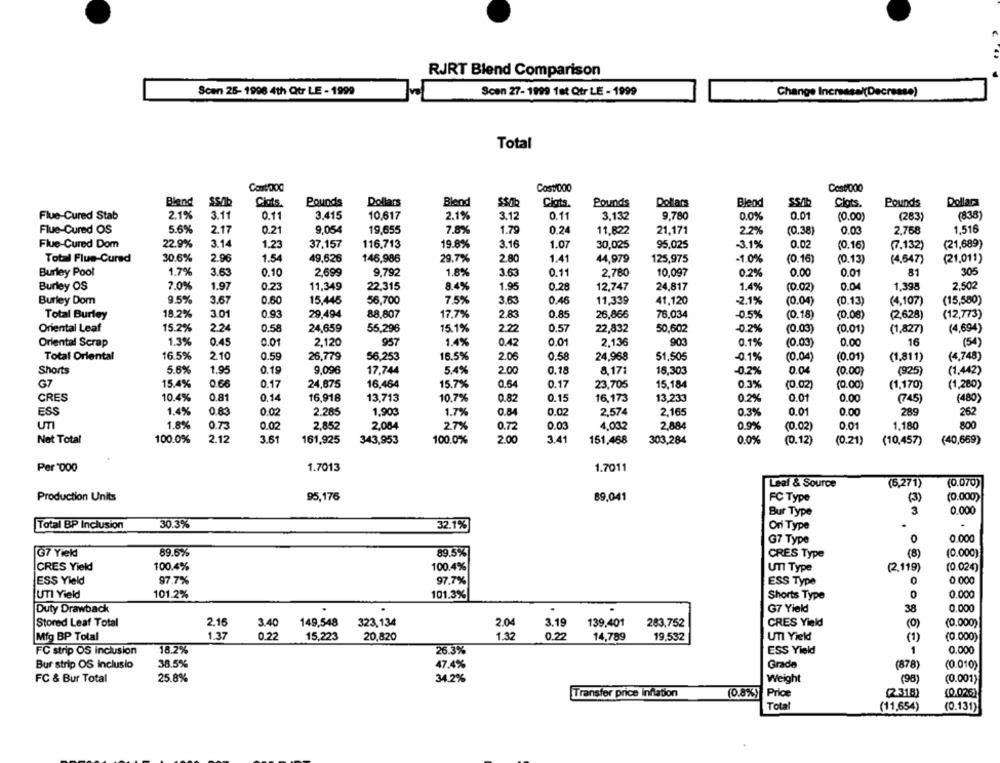
RJRT Blend Comparison
Scen 27-1999 fat Qtr LE - 1999
Scen 26- 1996 4th Qtr LE - 1999
Change Increasal(Decrease)
Total
Cost/000
Cost/000
Bland
SSAb
Cios.
Pounds
Dollars
Blend
SSIR
Cigts.
Pounds
Dollars
Blend
Clots.
Pounds
Dollars
Flue-Cured Stab
2.1%
3.11
0.11
3.415
10.617
2.1%
3.12
0.11
3,132
9,780
0.0%
0.01
(0.00)
(283)
(838)
Flue-Cured OS
5.6%
2.17
0.21
9,054
19,655
7.8%
1.79
0.24
11,822
21,171
22%
0.03
1,516
(0.38)
2.768
Flue-Cured Dom
22.9%
3.14
1.23
37.157
116.713
19.8%
3.16
1.07
30,025
95.025
-3.1%
0.02
(0.16)
(7.132)
(21,689)
Total Flue-Cured
30.6%
2.96
1.54
49,626
146,986
29.7%
2.80
1.41
44,979
125,975
-1.0%
(0.16)
(0.13)
(4,647)
(21.011)
Burley Pool
1.7%
3.63
0.10
2,699
9,792
1.8%
3.63
0.11
2,780
10,097
0.2%
0.00
0.01
81
305
Burley OS
7.0%
1.97
0.23
11,349
22.315
8.4%
1.95
0.28
12,747
24,817
1.4%
(0.02)
0.04
1,398
2.502
Burley Dom
9.5%
3.67
0.60
15,446
56,700
7,5%
3.63
0.46
11,339
41.120
-2.1%
(0.04)
(0.13)
(4,107)
(15,580)
18.2%
3.01
0.93
29,494
88,807
17.7%
2.83
0.85
26,866
76,034
Total Burley
-0.5%
(0.18)
(0.08)
(2,628)
(12,773)
Oriental Leaf
15.2%
2.24
0.58
24,659
55.296
15.1%
2.22
0.57
22,832
50,602
-0.2%
(0.03)
(0.01)
(1,827)
(4,694)
Oriental Scrap
1.3%
0.45
0.01
2.120
957
1.4%
0.42
0.01
2.136
903
0.1%
(0.03)
0.00
16
(54)
Total Oriental
16.5%
2.10
0.59
26,779
56,253
16.5%
2.06
0.58
24,968
51.505
-0.1%
(0.04)
(0.01)
(1,811)
(4,748)
Shorts
5.6%
1.95
0.19
9,096
17,744
5.4%
2.00
0.18
8.171
16.303
-0.2%
0.04
(0.00)
(925)
(1,442)
G7
15.4%
0.66
0.17
24,875
16,464
15.7%
0.54
0.17
23,705
15.184
0.3%
(0.02)
(0.00)
(1,170)
(1,280)
CRES
10.4%
0.81
0.14
16.918
13,713
10.7%
0.82
0.15
16,173
13,233
0.2%
0.01
0.00
(480)
(745)
ESS
1.4%
0 83
0.02
2.285
1,903
1.7%
0.84
0.02
2,574
2,165
0.3%
0.01
0.00
289
262
UTI
1.8%
0.73
0.02
2.852
2,084
2.7%
0.72
0.03
4,03.2
2.884
0.9%
(0.02)
0.01
1.180
800
Not Total
100.0%
2.12
3.61
161,925
343,953
100.0%
2.00
3.41
151,468
303,284
0.0%
(0.12)
(0.21)
(10,457)
(40,669)
Per 000
1.7013
1.7011
Leaf & Source
(6,271)
(0.070)
95,176
89,041
(0.000)
Production Units
FC Type
(3)
Bur Type
3
0.000
Total BP Inclusion
30.3%
32.1%
Ori Type
G7 Type
0
0,000
G7 Yield
89.6%
89.5%
CRES Type
(8)
(0.000)
CRES Yield
100.4%
100.4%
UTI Type
(2.119)
(0.024)
ESS Yield
97.7%
97.7%
ESS Type
0
0.000
UTI Yield
101.2%
101.3%
Shorts Type
0
0.000
Duty Drawback
.
G7 Yield
38
0.000
Stored Leaf Total
2.16
3.40
149,548
323,134
2.04
3.19
139,401
283,752
CRES Yield
(O)
(0.000)
Mig BP Total
1.37
0.22
15,223
20,820
1.32
0.22
14,789
19.532
UTI Yield
(1)
(0.000)
FC strip OS inclusion
18.2%
26.3%
ESS Yield
1
0.000
Bur strip OS inclusio
38.5%
47.4%
Grade
(878)
(0.010)
FC & Bur Total
25.8%
34.2%
Weight
(98)
(0.001)
Transfer price inflation
(0.8%) Price
(2.318)
(0.026)
Total
(11,654)
(0.131)